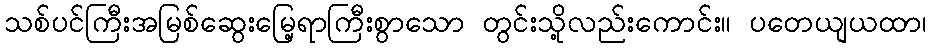
သစ်ပင်ကြီးအမြစ်ဆွေးမြေ့ရာကြီးစွာသော တွင်းသို့လည်းကောင်း။ ပတေယျယထာ၊